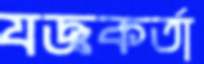
যজ্ঞকর্তা